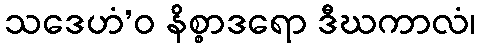
သဒေဟံ’ဝ နိစ္စာဒရော ဒီဃကာလံ၊